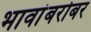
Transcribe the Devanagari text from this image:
भावांबरोबर